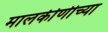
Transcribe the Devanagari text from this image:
मालकीणीच्या